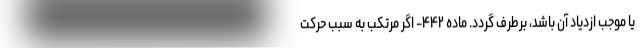
یا موجب ازدیاد آن باشد، برطرف گردد. ماده ۴۴۲- اگر مرتکب به سبب حرکت